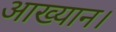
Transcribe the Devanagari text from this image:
आख्यान।